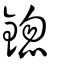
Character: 鍃